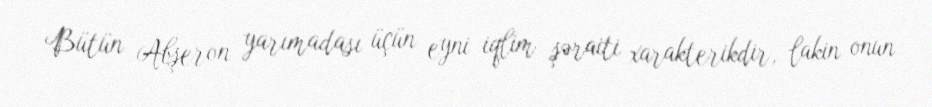
Bütün Abşeron yarımadası üçün eyni iqlim şəraiti xarakterikdir, lakin onun